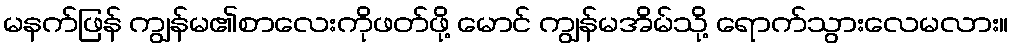
မနက်ဖြန် ကျွန်မ၏စာလေးကိုဖတ်ဖို့ မောင် ကျွန်မအိမ်သို့ ရောက်သွားလေမလား။